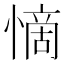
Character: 𭞣